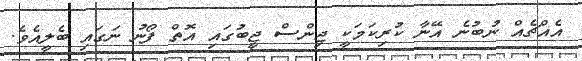
އެއްޗެއް ނުބުނެ އޭނާ ކުރިކަމަކީ ޖިންސް ޖީބުގައި އޮތް ފޯނު ނަގައި ބެލީއެވެ.